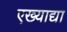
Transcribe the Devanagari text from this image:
एख्याद्या